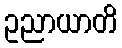
ဥညာယာတိ